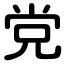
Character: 党